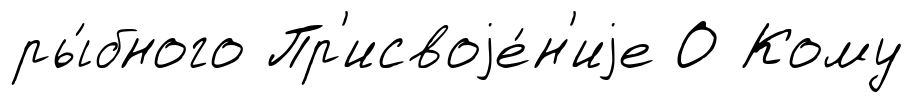
ры́бного Пр'исвоjе́н'иjе О Кому